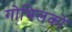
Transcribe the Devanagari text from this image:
गोभिलको